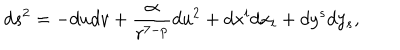
d s ^ { 2 } = - d u d v + \frac { \alpha } { r ^ { 7 - p } } d u ^ { 2 } + d x ^ { i } d x _ { i } + d y ^ { s } d y _ { s } ,